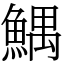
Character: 鰅